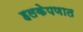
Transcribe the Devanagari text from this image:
हलकेपणात